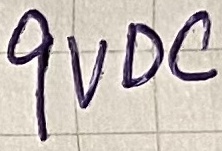
Text: 9VDC